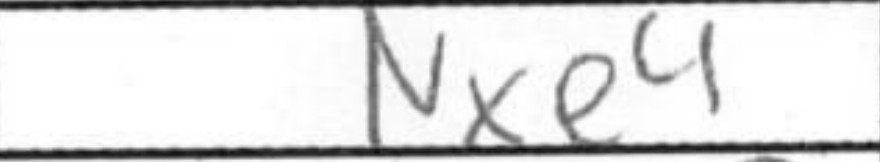
Transcription: Nxe4